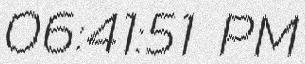
06:41:51 PM